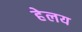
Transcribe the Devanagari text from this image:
हेलय